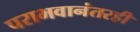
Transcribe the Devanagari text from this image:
पराभवानंतरही